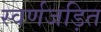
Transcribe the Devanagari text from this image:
स्वर्णजड़ित